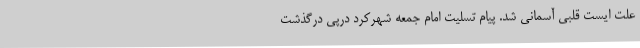
علت ایست قلبی آسمانی شد. پیام تسلیت امام جمعه شهرکرد درپی درگذشت